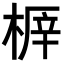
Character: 𣖅